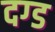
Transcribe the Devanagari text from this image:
दग्ड